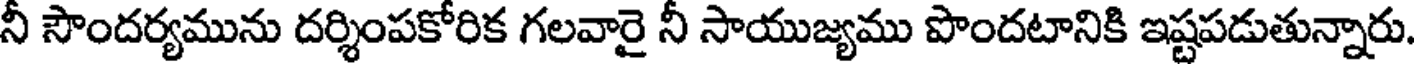
నీ సౌందర్యమును దర్శింపకోరిక గలవారై నీ సాయుజ్యము పొందటానికి ఇష్టపడుతున్నారు